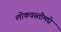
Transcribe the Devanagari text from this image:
लोकवस्तीमधे